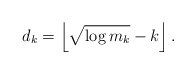
\begin{align*}d_k = \left \lfloor \sqrt{\log m_k} - k \right\rfloor.\end{align*}